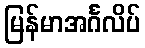
မြန်မာအင်္ဂလိပ်